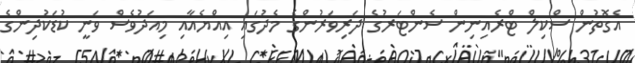
އެގޮތުން ސްކިލް ޓްރެއިނިން ސެންޓަރުގެ ދަރިވަރުންގެ މެދުގައި އިއްޔެއާއި މިއަދުވެސް ވަނީ ކުޑަކުދިންގެ